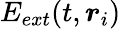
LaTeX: E_{ext}(t,\boldsymbol{r}_{i})